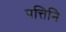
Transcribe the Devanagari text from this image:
पत्तिनि